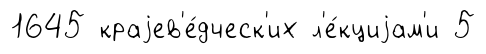
1645 краjев'е́дческ'их л'е́кциjам'и 5